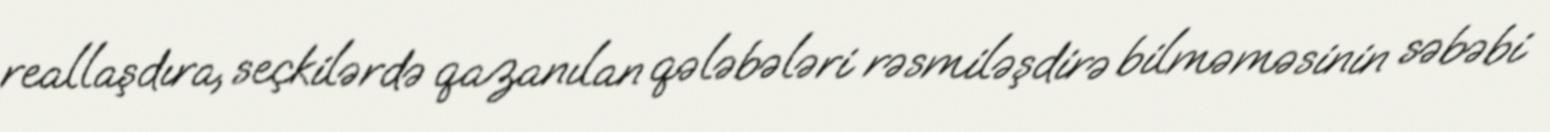
reallaşdıra, seçkilərdə qazanılan qələbələri rəsmiləşdirə bilməməsinin səbəbi